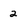
Character: 2